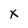
Character: x